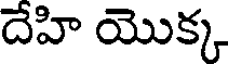
దేహి యొక్క